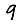
Digit: 9